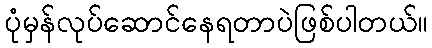
ပုံမှန်လုပ်ဆောင်နေရတာပဲဖြစ်ပါတယ်။